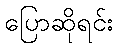
ပြောဆိုရင်း